system: You are a helpful assistant.
user:
Analyze the provided spectrum to determine if it is a **White Dwarf (WD)**.

A White Dwarf spectrum is defined by its **extreme purity** (due to gravitational settling) and/or **extreme pressure broadening** (due to high surface gravity). You must check for one of the following mutually exclusive signatures:

- **Key Visual Indicators (Check for ONE of these types):**

    - **1. DA-Type Signature (Most Common):**
        - **(Primary Feature):** Extreme pressure broadening (Stark broadening) of the **Hydrogen (H) Balmer lines**.
        - **(Key Lines):** $H\beta$ (approx. $4861$ Å) and $H\gamma$ (approx. $4340$ Å). $H\alpha$ (approx. $6563$ Å) will also be present if the wavelength range covers it.
        - **(Line Profile):** This is the **defining feature**. The lines are **NOT** sharp. They appear as massive, **extremely broad and deep "troughs" or "dips"** in the spectrum, often hundreds of Ångströms wide. The continuum will appear to "scoop" down at these wavelengths.
        - **(Distinction):** Normal A-type or B-type stars have *narrow* and *sharp* Hydrogen lines. A DA White Dwarf's lines are unmistakably "smeared" or "blurry" from pressure.

    - **2. DB-Type Signature:**
        - **(Primary Feature):** Broad absorption lines from **Neutral Helium (He I)**. The spectrum must lack any visible Hydrogen lines.
        - **(Key Lines):** Look for broad absorption near $4471$ Å, $4921$ Å, and $5876$ Å.
        - **(Line Profile):** These lines are also significantly pressure-broadened, appearing much wider than they would in a normal B-type main-sequence star.

    - **3. DC-Type Signature:**
        - **(Primary Feature):** A **featureless continuous spectrum**.
        - **(Line Profile):** The spectrum is a smooth curve with **no significant absorption or emission lines**.
        - **(Key Confirmation):** The continuum is almost always **blue or white**, indicating a hot object. This signature implies the atmosphere is so pure (or so cool) that no spectral lines are visible in the optical range. Its WD identity is confirmed by its extremely low intrinsic brightness (high absolute magnitude).

    - **4. DZ-Type Signature (Metal-Polluted):**
        - **(Primary Feature):** **Isolated, narrow metal absorption lines** on an otherwise featureless (DC-like) continuum.
        - **(Key Lines):** The **Calcium (Ca II) H & K doublet** (approx. **$3934$ Å** and **$3968$ Å**) is the most common and defining feature.
        - **(Line Profile):** These lines are "out of place." They are *not* part of a "forest" of thousands of lines. This signature is evidence of recent *accretion* (pollution) from rocky debris.
        - **(Distinction):** Normal G/K/M stars have a *dense forest* of thousands of metal lines. A DZ has a *clean* continuum with *only a few* strong metal lines.

    - **5. DQ-Type Signature (Carbon-Polluted):**
        - **(Primary Feature):** Absorption bands from **Carbon (C₂ "Swan Bands" or atomic C I)**.
        - **(Key Lines - C₂):** Look for bandheads with a "saw-tooth" shape near $5635$ Å, **$5165$ Å** (strongest), and $4737$ Å.
        - **(Key Confirmation):** The underlying **continuum must be blue or white** (hot).
        - **(Distinction):** This is the critical difference from a **Carbon Star**, which has the *exact same* C₂ bands but on an extremely **red, cool** continuum.

- **(Overall Spectrum):**
    - The continuum (overall shape) is typically **blue-sloping** (brighter in the blue than the red), as most white dwarfs are very hot.
    - The spectrum will look "pure" or "simple," dominated by only *one* of the five signatures listed above.

Think first, call **spectral_visualization_tool** if needed to examine features in detail, then provide your final answer. Your response must adhere to the following strict rules:
1.  **Overall Structure:** Your response must follow the format `<think>...</think> <tool_call>...</tool_call> (if a tool is used) <answer>...</answer>`.
2.  **Tool Usage Constraint:** You may only make **one** tool call per turn.
3.  **Final Answer Format:** In the `<answer>` tag, your conclusion must be inside a `\boxed{}` command (e.g., `\boxed{YES}` or `\boxed{NO}`), followed by your justification.

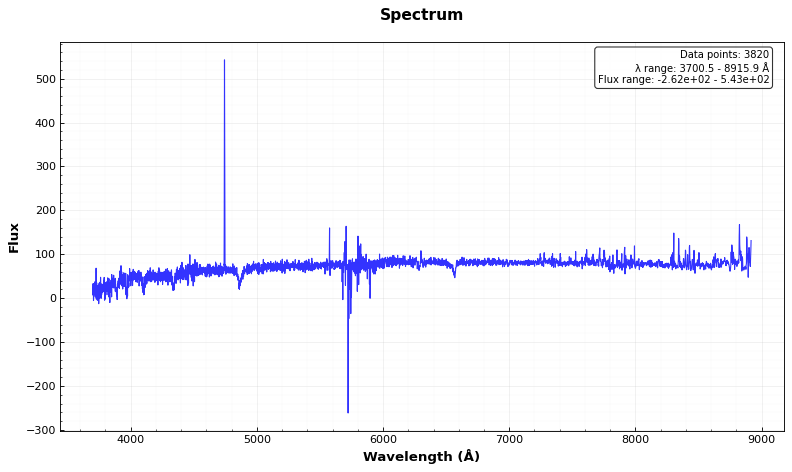
Answer: NO